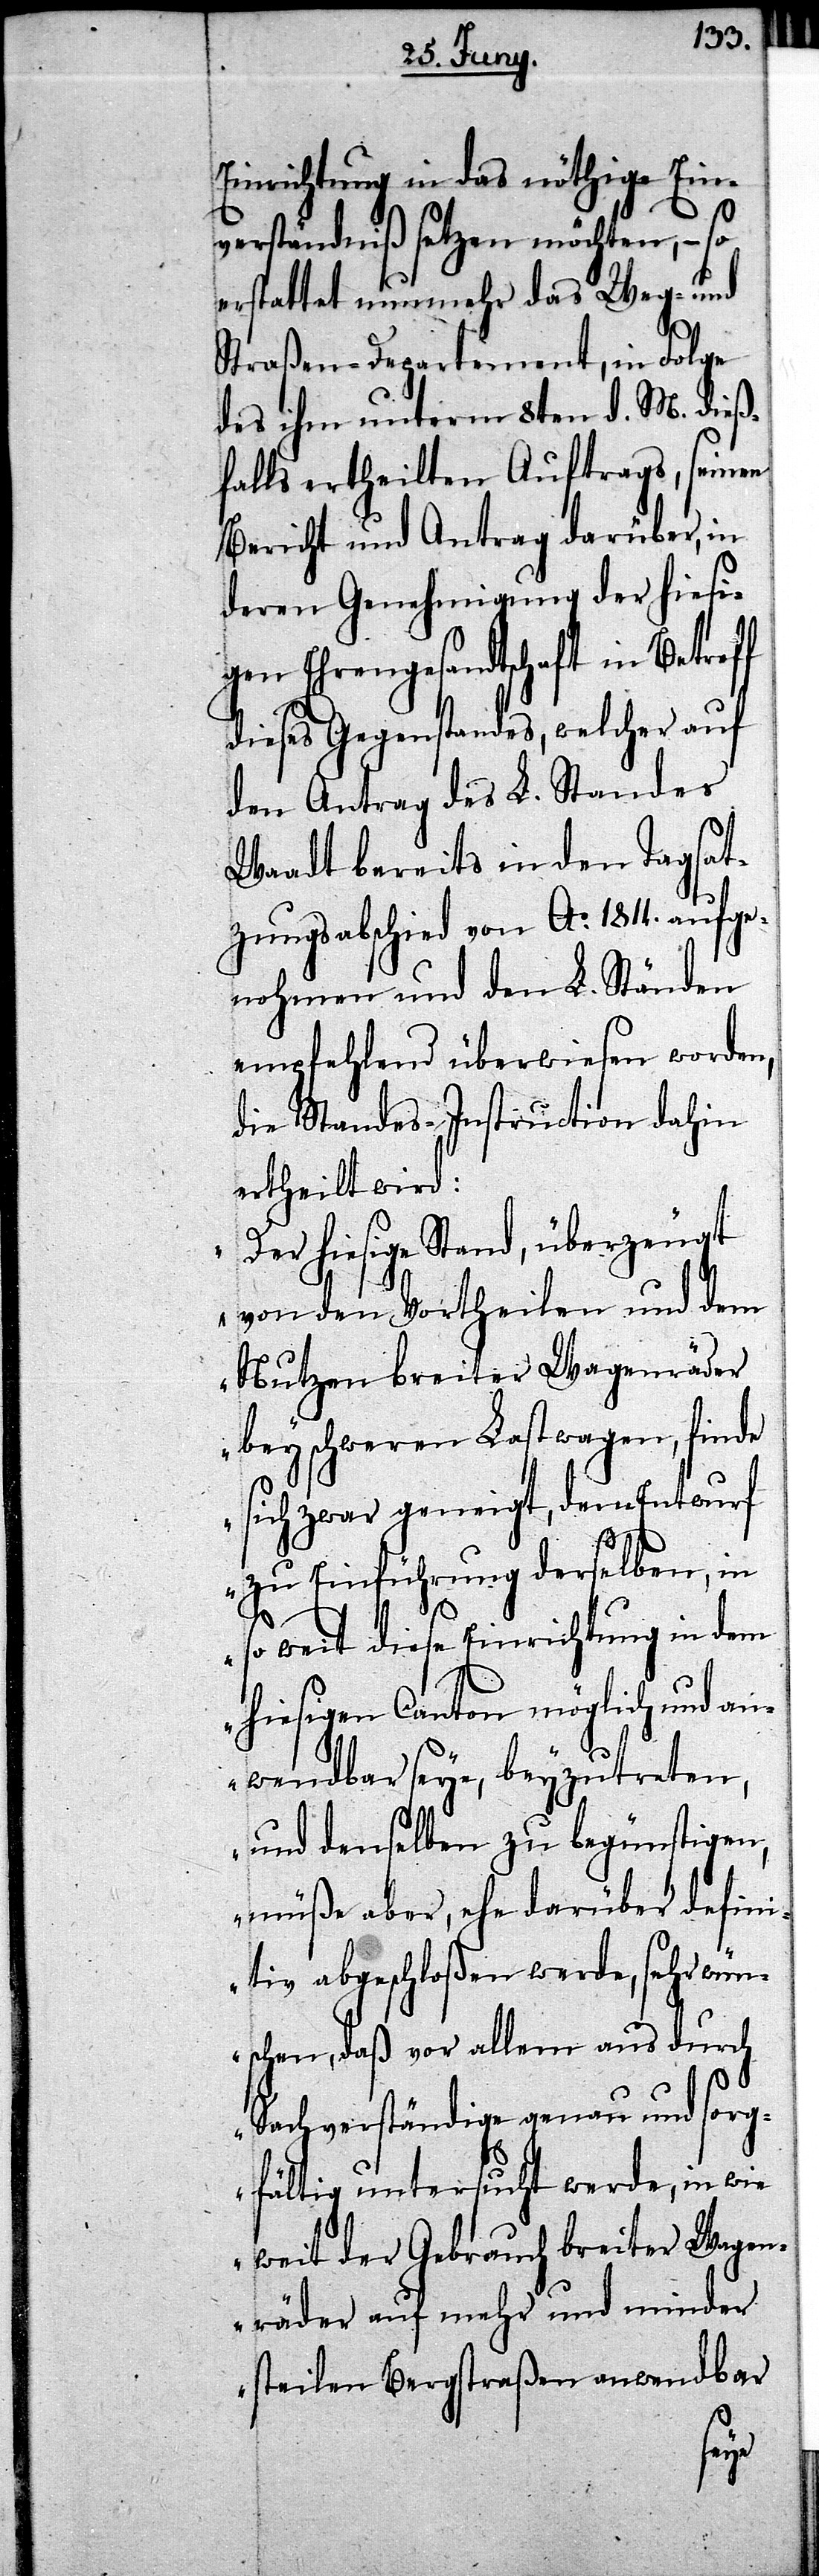
Einrichtung in das nöthige Ein¬
verständniß setzen möchten – so
erstattet nunmehr das Weg- und
Straßen-Departement, in Folge
des ihm unterm 8ten d. M. dieß¬
falls ertheilten Auftrags, seinen
Bericht und Antrag darüber, in
deren Genehmigung der hiesi¬
gen Ehrengesandtschaft in Betreff
dieses Gegenstandes, welcher auf
den Antrag des L. Standes
Waadt bereits in den Tagsat¬
zungsabschied von Ao. 1814. aufge¬
nohmen und den L. Ständen
empfehlend überwiesen worden,
die Standes-Instruction dahin
ertheilt wird:
„Der hiesige Stand, überzeugt
von den Vortheilen und dem
Nutzen breiter Wagenräder
bey schweren Lastwagen, finde
sich zwar geneigt, dem Entwurf
zu Einführung derselben, in
so weit diese Einrichtung in dem
hiesigen Canton möglich und an¬
wendbar sey, beyzutreten,
und denselben zu begünstigen,
müße aber, ehe darüber defini¬
tiv abgeschloßen werde, sehr wün¬
schen, daß vor allem auch durch
Sachverständige genau und sorg¬
fältig untersucht werde, in wie
weit der Gebrauch breiter Wagen¬
räder auf mehr oder minder
steilen Bergstraßen anwendbar